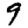
Digit: 9